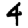
Digit: 4